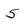
Character: S